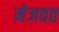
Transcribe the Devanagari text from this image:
मेजवत